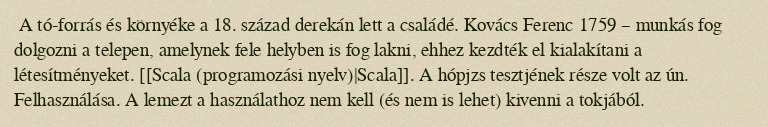
A tó-forrás és környéke a 18. század derekán lett a családé. Kovács Ferenc 1759 – munkás fog dolgozni a telepen, amelynek fele helyben is fog lakni, ehhez kezdték el kialakítani a létesítményeket. [[Scala (programozási nyelv)|Scala]]. A hópjzs tesztjének része volt az ún. Felhasználása. A lemezt a használathoz nem kell (és nem is lehet) kivenni a tokjából.